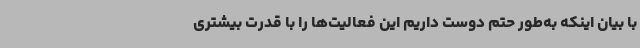
با بیان اینکه به‌طور حتم دوست داریم این فعالیت‌ها را با قدرت بیشتری